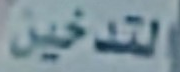
التدخين